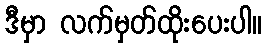
ဒီမှာ လက်မှတ်ထိုးပေးပါ။